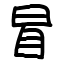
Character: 冒